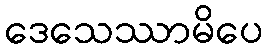
ဒေသေဿာမိပေ